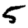
Digit: 5